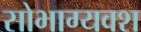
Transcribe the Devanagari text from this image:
सोभाग्यवश